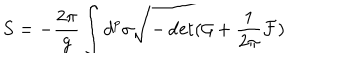
S = - \frac { 2 \pi } { g } \int d ^ { p } \sigma \sqrt { - \det ( \mathcal { G } + \frac { 1 } { 2 \pi } \mathcal { F } ) }